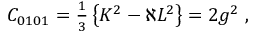
C _ { 0 1 0 1 } = \textstyle { \frac { 1 } { 3 } } \left\{ K ^ { 2 } - \aleph L ^ { 2 } \right\} = 2 g ^ { 2 } \; ,